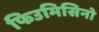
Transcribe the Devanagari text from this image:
फिउमिसिनो